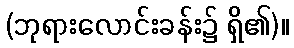
(ဘုရားလောင်းခန်း၌ ရှိ၏)။